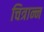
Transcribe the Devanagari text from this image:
चित्रान्न